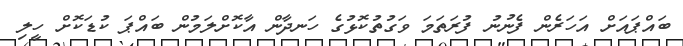
ބައްޕައަށް އަަހަރެން ފެނުނު ފުރަތަމަ ވަގުތުކޮޅުގެ ހަނދާން އާކޮށްލަމުން ބައްޕަ ކުޑަކޮށް ހީލި